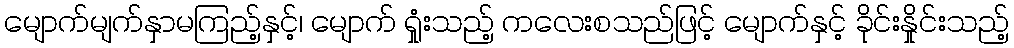
မျောက်မျက်နှာမကြည့်နှင့်၊ မျောက် ရှုံးသည့် ကလေးစသည်ဖြင့် မျောက်နှင့် ခိုင်းနှိုင်းသည့်